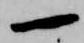
一